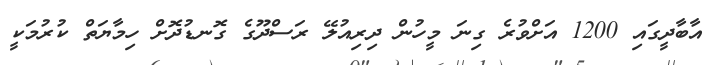
އާބާދީގައި 1200 އަށްވުރެ ގިނަ މީހުން ދިރިއުލޭ ރަސްދޫގެ ގޮނޑުދޮށް ހިމާޔަތް ކުރުމަކީ